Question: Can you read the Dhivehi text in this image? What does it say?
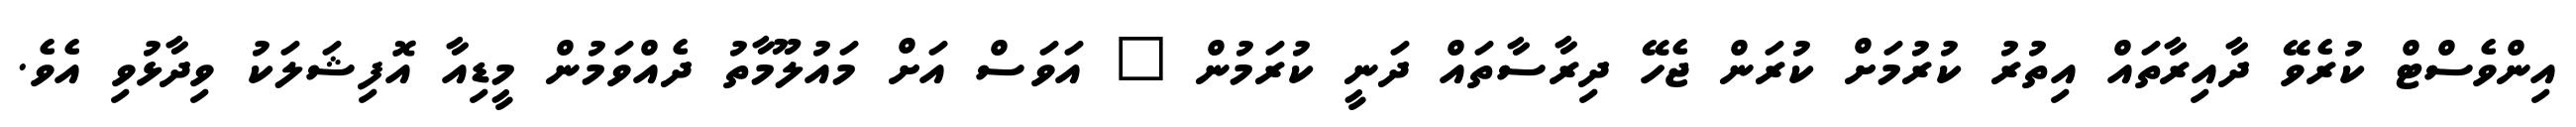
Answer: އިންވެސްޓް ކުރެވޭ ދާއިރާތައް އިތުރު ކުރުމަށް ކުރަން ޖެހޭ ދިރާސާތައް ދަނީ ކުރަމުން " އަވަސް އަށް މައުލޫމާތު ދެއްވަމުން މީޑިއާ އޮފިޝަލަކު ވިދާޅުވި އެވެ.